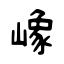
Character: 嶑